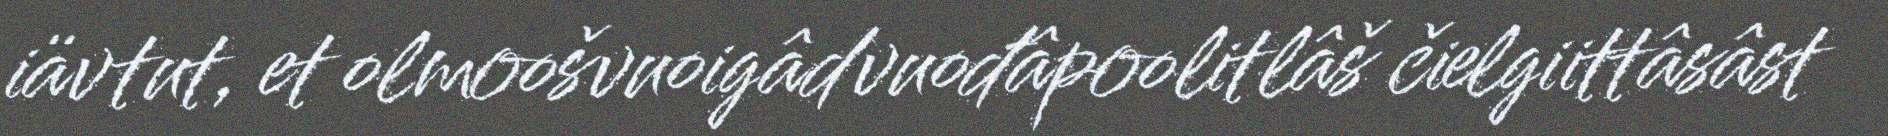
iävtut, et olmoošvuoigâdvuođâpoolitlâš čielgiittâsâst